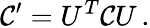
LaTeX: {\cal C}^{\prime}=U^{T}{\cal C}U\, .